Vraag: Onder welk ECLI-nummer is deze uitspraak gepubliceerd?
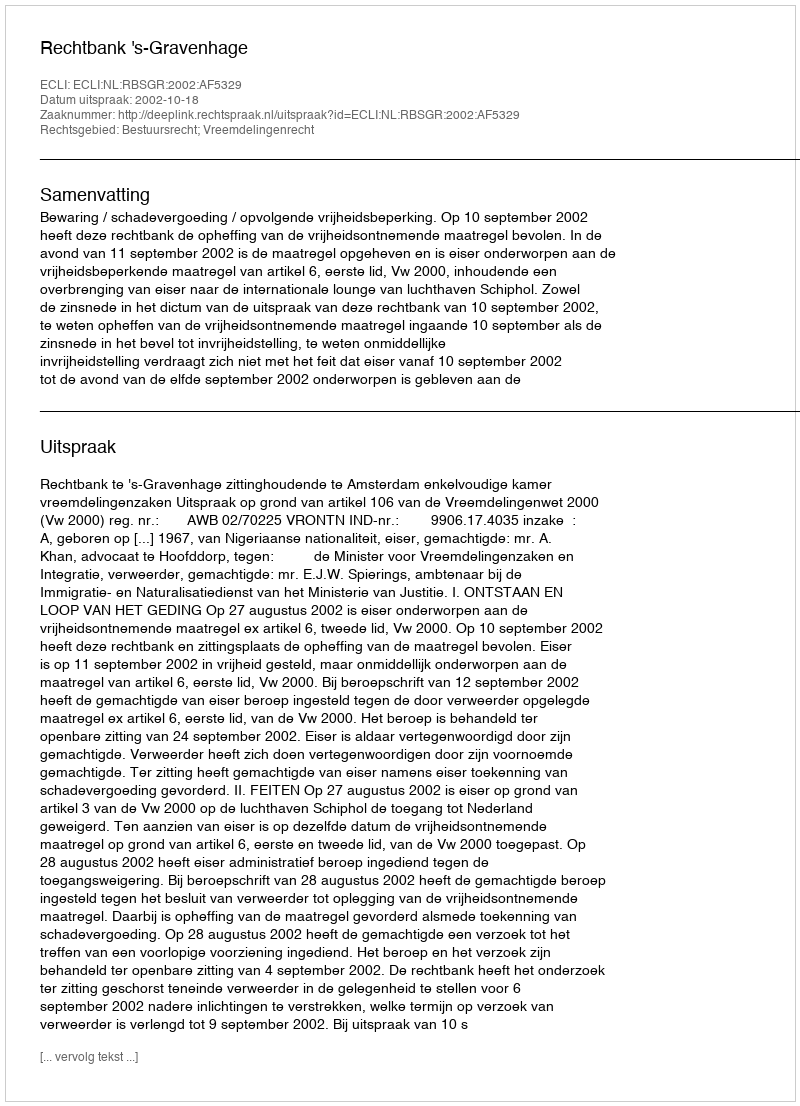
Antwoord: ECLI:NL:RBSGR:2002:AF5329